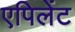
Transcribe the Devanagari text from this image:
एपिलेंट